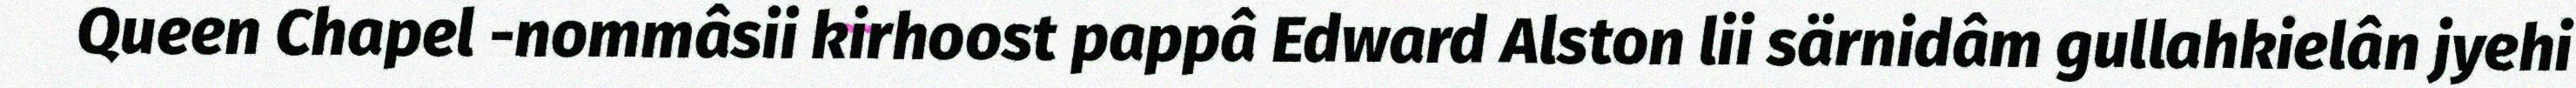
Queen Chapel -nommâsii kirhoost pappâ Edward Alston lii särnidâm gullahkielân jyehi